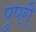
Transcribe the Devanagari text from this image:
पुपरी